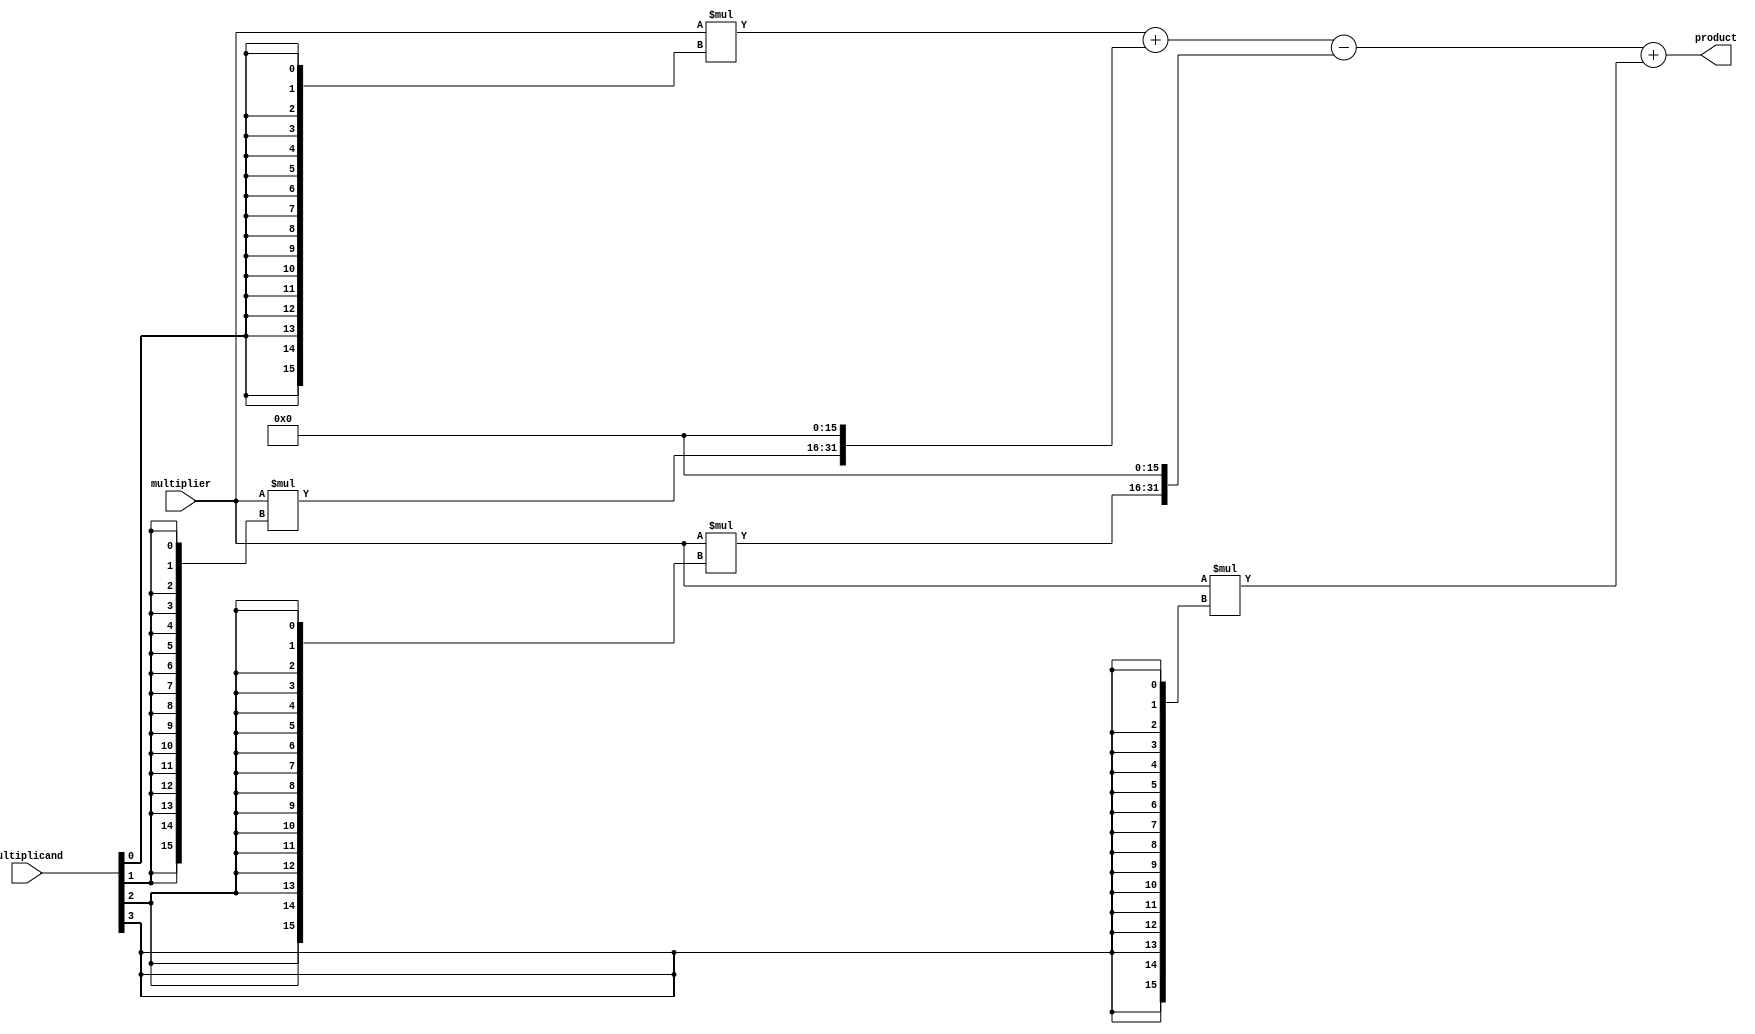
module booth_multiplier(
  input [15:0] multiplicand,
  input [15:0] multiplier,
  output reg [31:0] product
);

reg [31:0] partial_product[3:0];

always @(*) begin
  // Partial Product Generation Stage
  partial_product[0] = multiplier * {16{multiplicand[0]}}; // Sign extend multiplicand
  partial_product[1] = multiplier * {16{multiplicand[1]}};
  partial_product[2] = multiplier * {16{multiplicand[2]}};
  partial_product[3] = multiplier * {16{multiplicand[3]}};

  // Accumulation Stage
  product = partial_product[0] + (partial_product[1] << 16) - (partial_product[2] << 16) + partial_product[3];
end

endmodule